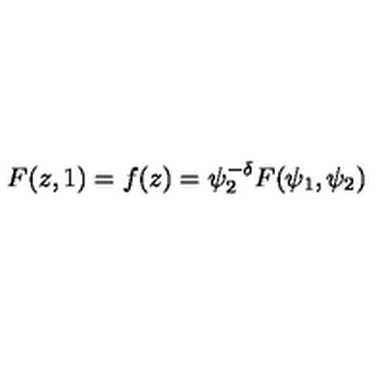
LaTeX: F ( z , 1 ) = f ( z ) = \psi _ { 2 } ^ { - \delta } F ( \psi _ { 1 } , \psi _ { 2 } )